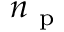
n _ { \mathrm { ~ p ~ } }